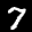
Label: 7